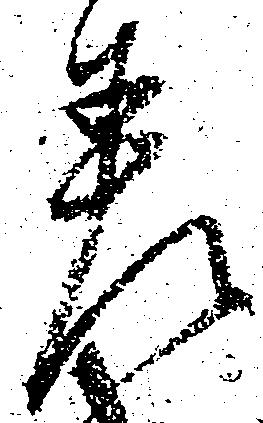
差